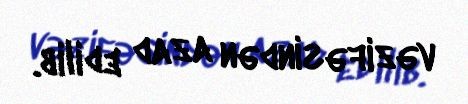
vəzifəsindən azad edilib.